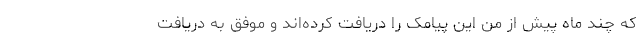
که چند ماه پیش از من این پیامک را دریافت کرده‌اند و موفق به دریافت